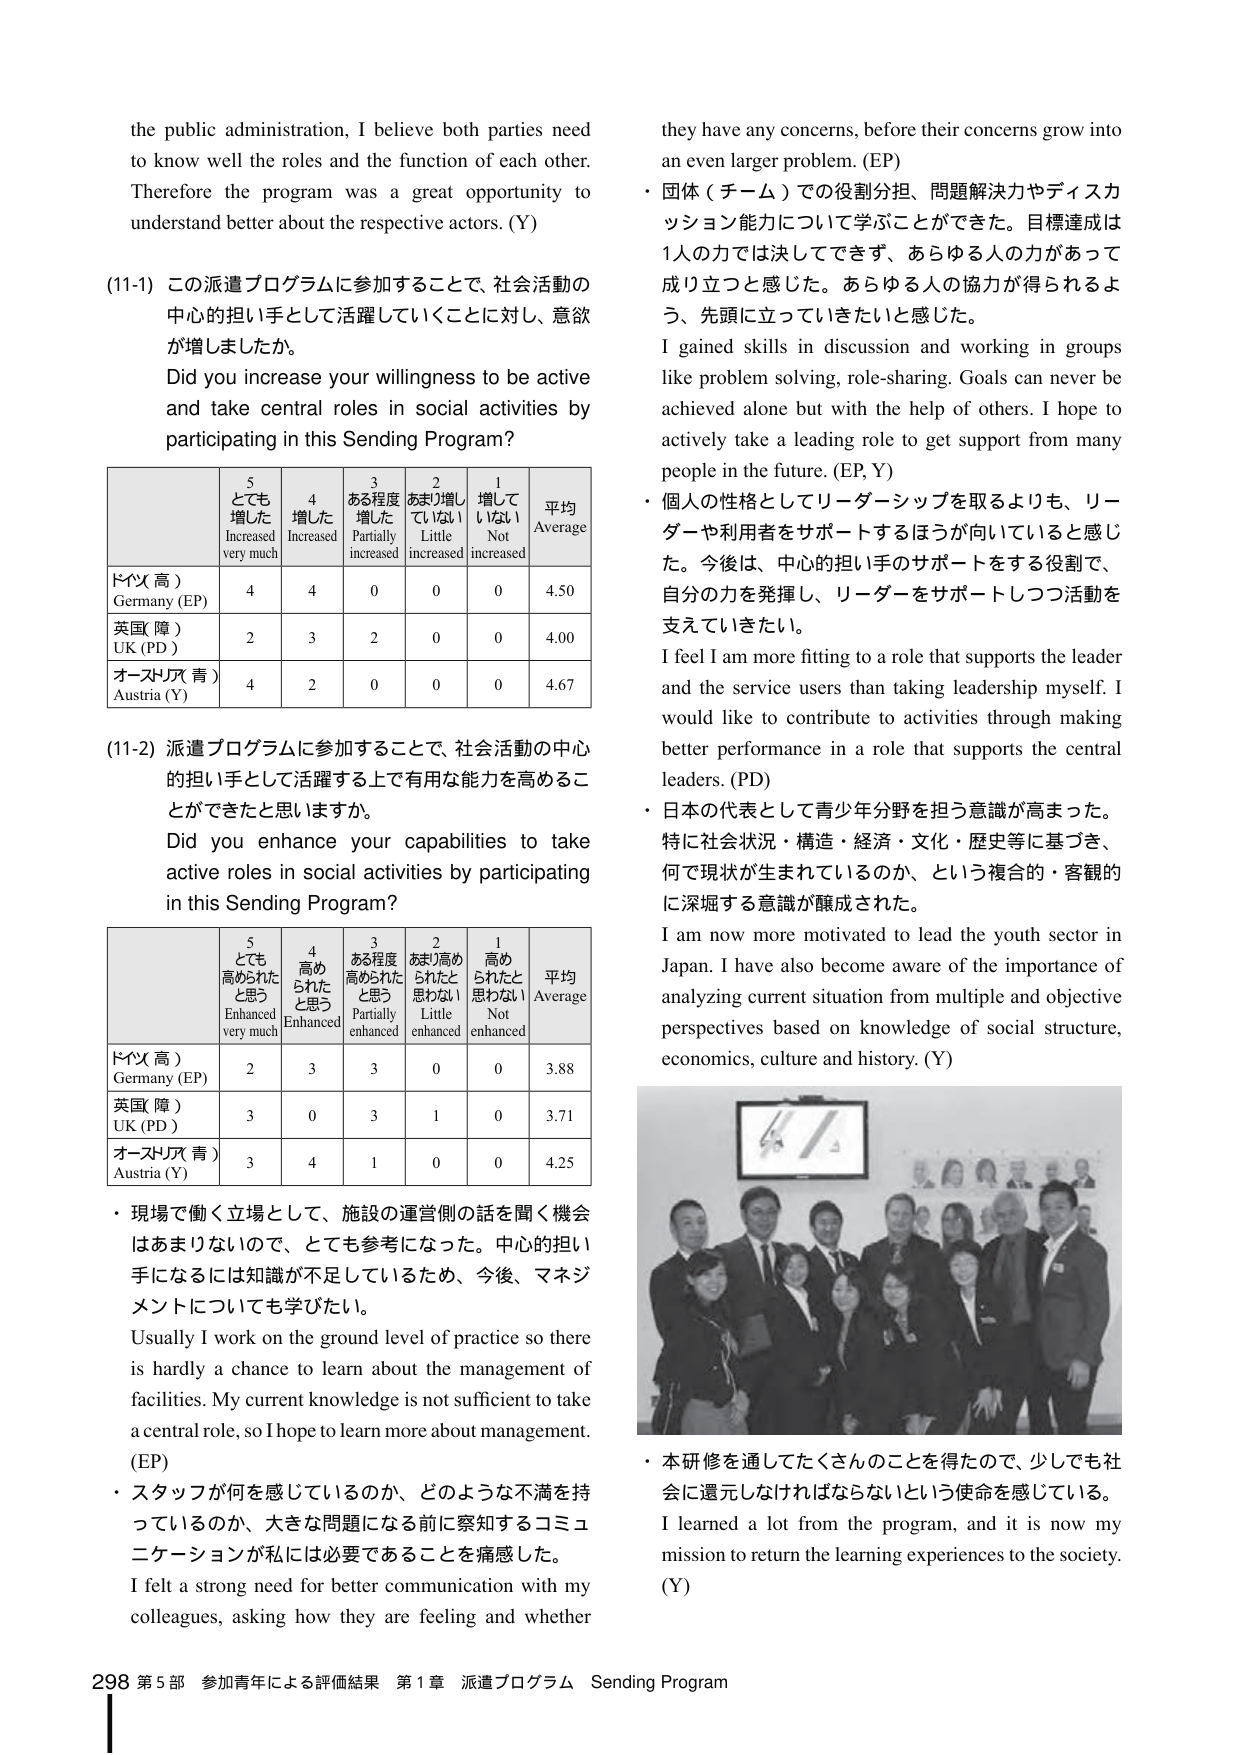
the public administration, I believe both parties need to know well the roles and the function of each other. Therefore the program was a great opportunity to understand better about the respective actors. (Y)

(11-1) この派遣プログラムに参加することで、社会活動の中心的担い手として活躍していくことに対し、意欲が増しましたか。
Did you increase your willingness to be active and take central roles in social activities by participating in this Sending Program?

| | 5 とても増した Increased very much | 4 増した Increased | 3 ある程度増した Partially increased | 2 あまり増してい ない Little increased | 1 増して いない Not increased | 平均 Average |
|---|---|---|---|---|---|---|
| ドイツ（高） Germany (EP) | 4 | 4 | 0 | 0 | 0 | 4.50 |
| 英国（障） UK (PD) | 2 | 3 | 2 | 0 | 0 | 4.00 |
| オーストリア（青） Austria (Y) | 4 | 2 | 0 | 0 | 0 | 4.67 |

(11-2) 派遣プログラムに参加することで、社会活動の中心的担い手として活躍する上で有用な能力を高めることができたと思いますか。
Did you enhance your capabilities to take active roles in social activities by participating in this Sending Program?

| | 5 とても高められたと思う Enhanced very much | 4 高められたと思う Enhanced | 3 ある程度高められたと思う Partially enhanced | 2 あまり高められたと 思わない Little enhanced | 1 高められたと 思わない Not enhanced | 平均 Average |
|---|---|---|---|---|---|---|
| ドイツ（高） Germany (EP) | 2 | 3 | 3 | 0 | 0 | 3.88 |
| 英国（障） UK (PD) | 3 | 0 | 3 | 1 | 0 | 3.71 |
| オーストリア（青） Austria (Y) | 3 | 4 | 1 | 0 | 0 | 4.25 |

・ 現場で働く立場として、施設の運営側の話を聞く機会はあまりないので、とても参考になった。中心的担い手になるには知識が不足しているため、今後、マネジメントについても学びたい。
Usually I work on the ground level of practice so there is hardly a chance to learn about the management of facilities. My current knowledge is not sufficient to take a central role, so I hope to learn more about management. (EP)

・ スタッフが何を感じているのか、どのような不満を持っているのか、大きな問題になる前に察知するコミュニケーションが私には必要であることを痛感した。
I felt a strong need for better communication with my colleagues, asking how they are feeling and whether they have any concerns, before their concerns grow into an even larger problem. (EP)

・ 団体（チーム）での役割分担、問題解決力やディスカッション能力について学ぶことができた。目標達成は1人の力では決してできず、あらゆる人の力があって成り立つと感じた。あらゆる人の協力が得られるよう、先頭に立っていきたいと感じた。
I gained skills in discussion and working in groups like problem solving, role-sharing. Goals can never be achieved alone but with the help of others. I hope to actively take a leading role to get support from many people in the future. (EP, Y)

・ 個人の性格としてリーダーシップを取るよりも、リーダーや利用者をサポートするほうが向いていると感じた。今後は、中心的担い手のサポートをする役割で、自分の力を発揮し、リーダーをサポートしつつ活動を支えていきたい。
I feel I am more fitting to a role that supports the leader and the service users than taking leadership myself. I would like to contribute to activities through making better performance in a role that supports the central leaders. (PD)

・ 日本の代表として青少年分野を担う意識が高まった。特に社会状況・構造・経済・文化・歴史等に基づき、何で現状が生まれているのか、という複合的・客観的に深堀する意識が醸成された。
I am now more motivated to lead the youth sector in Japan. I have also become aware of the importance of analyzing current situation from multiple and objective perspectives based on knowledge of social structure, economics, culture and history. (Y)

・ 本研修を通してたくさんのことを得たので、少しでも社会に還元しなければならないという使命を感じている。
I learned a lot from the program, and it is now my mission to return the learning experiences to the society. (Y)

298 第5部 参加青年による評価結果 第1章 派遣プログラム Sending Program